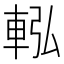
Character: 䡏